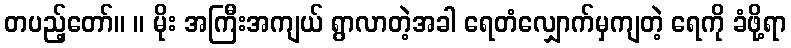
တပည့်တော်။ ။ မိုး အကြီးအကျယ် ရွာလာတဲ့အခါ ရေတံလျှောက်မှကျတဲ့ ရေကို ခံဖို့ရာ